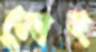
মোহ